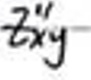
$z_{xy}^{\prime\prime}$